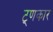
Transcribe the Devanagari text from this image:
ट्णकार